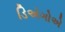
ડિએગોએ